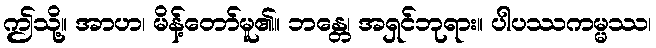
ဤသို့။ အာဟ၊ မိန့်တော်မူ၏။ ဘန္တေ၊ အရှင်ဘုရား။ ပါပဿကမ္မဿ၊